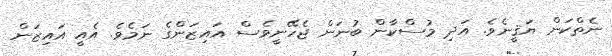
ނެތްކަން ޔަޤީނެވެ. އަދި މުސްކާން ބުނަން ޖެހޭނީވެސް އައިޒަންގެ ނަމެވެ. އެއީ އައިޒަން